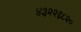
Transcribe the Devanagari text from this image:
४३२२६८२०